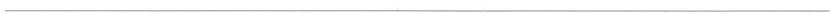
___